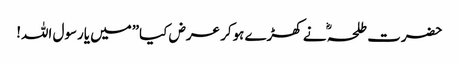
حضرت طلحہ ؓ نے کھڑے ہوکر عرض کیا”میں یارسول اللہ!